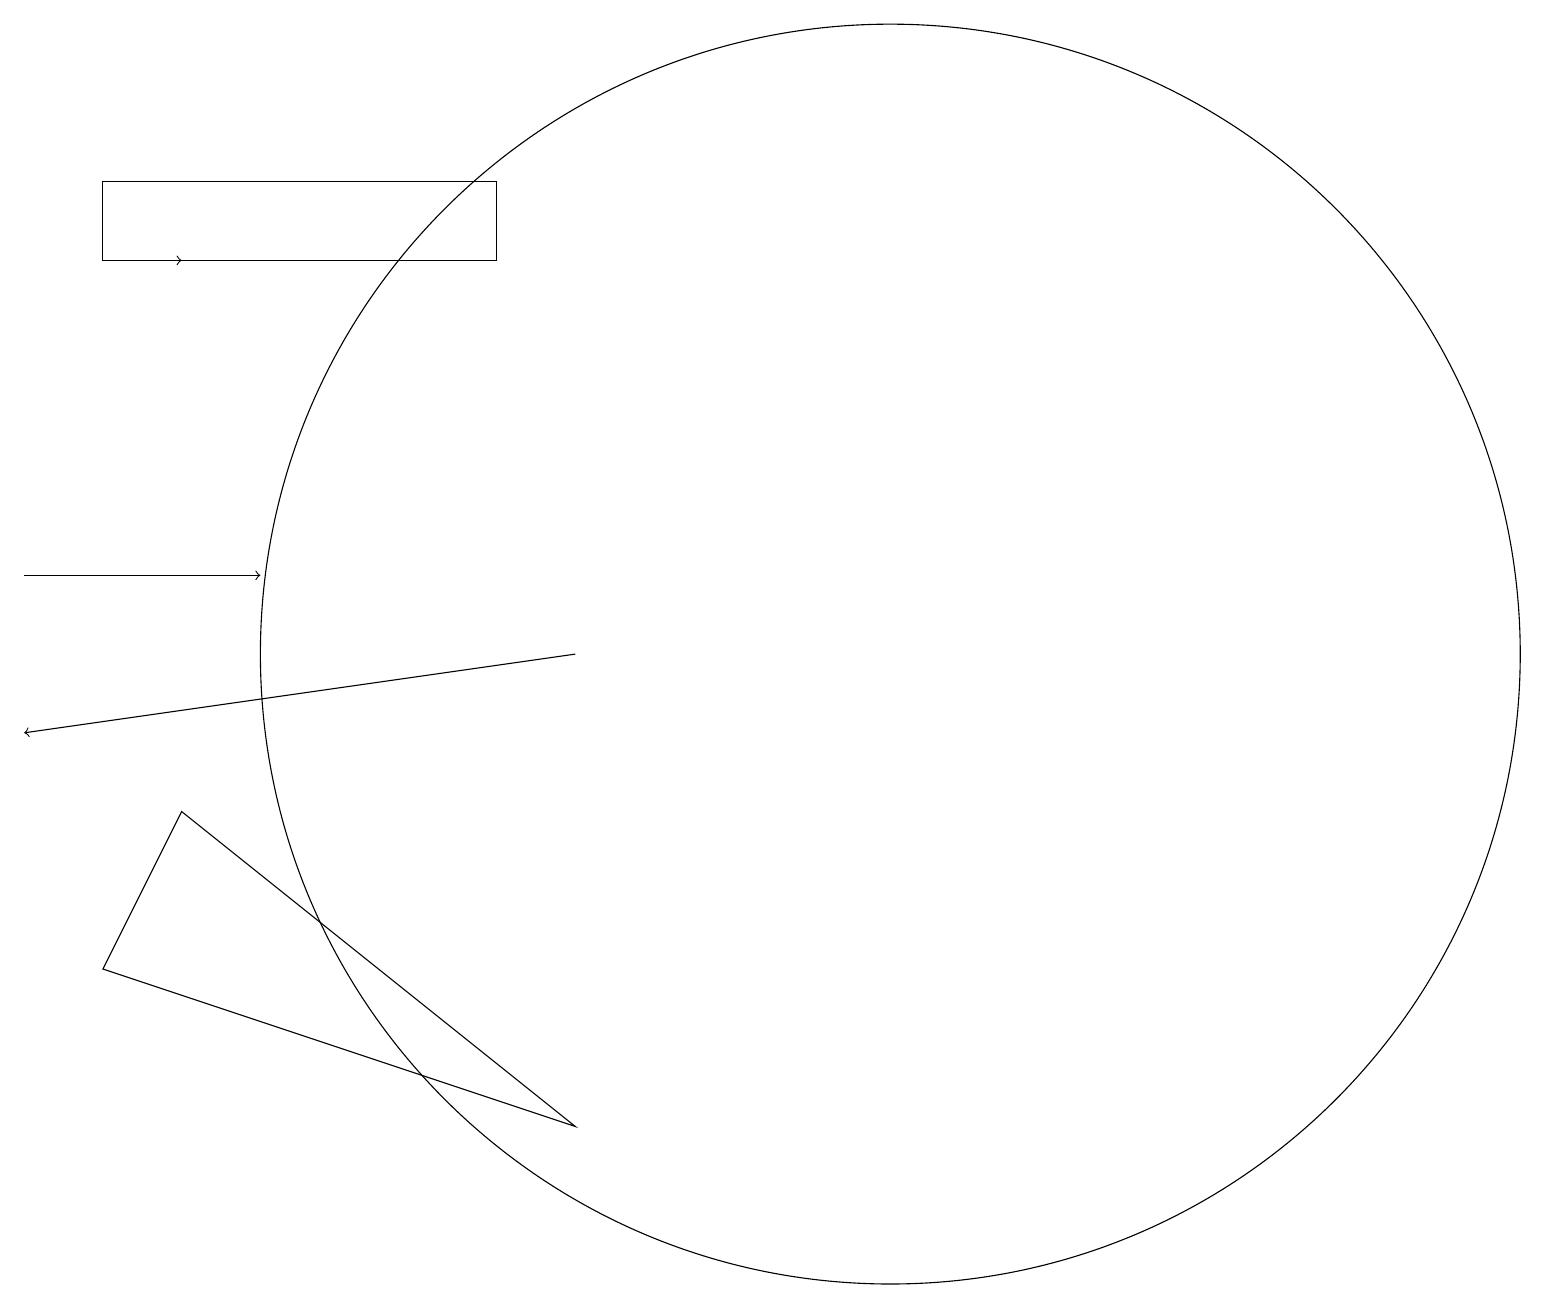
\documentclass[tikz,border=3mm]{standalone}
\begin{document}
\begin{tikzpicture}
\draw (11,11) circle (0);
\draw[->] (0,12) -- (3,12);
\draw[->] (7,11) -- (0,10);
\draw[->] (1,16) -- (2,16);
\draw (1,7) -- (7,5) -- (2,9) -- cycle;
\draw (1,16) rectangle (6,17);
\draw (11,11) circle (8);
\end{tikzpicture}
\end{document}